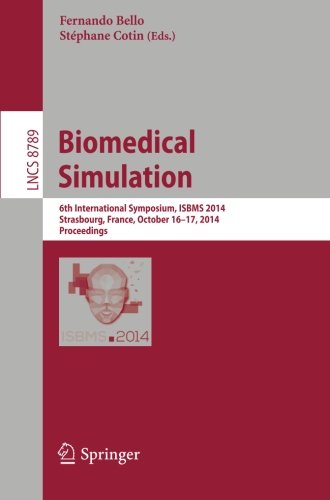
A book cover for Biomedical Simulation: 6th International Symposium, ISBMS 2014, Strasbourg, France, October 16-17, 2014, Proceedings (Lecture Notes in Computer Science); Computers & Technology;